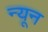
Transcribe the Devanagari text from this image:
न्‍यून